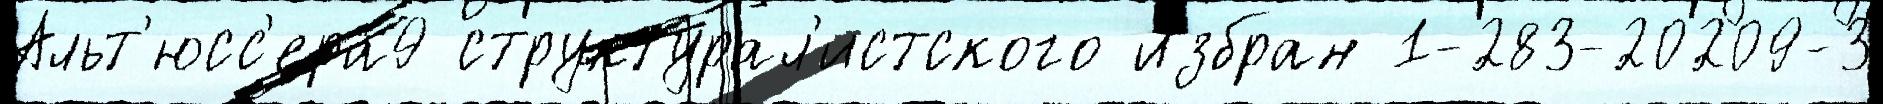
Альт'юсс'ера9 структурал'истского и́збран 1-283-20209-3